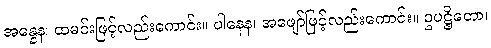
အန္နေန၊ ထမင်းဖြင့်လည်းကောင်း။ ပါနေန၊ အဖျော်ဖြင့်လည်းကောင်း။ ဥပဋ္ဌိတော၊